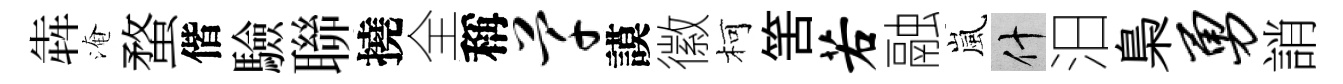
犇淹蝥偕驗聯撓全稱芊謨徽柯筈若融嵐什汨梟勇誚